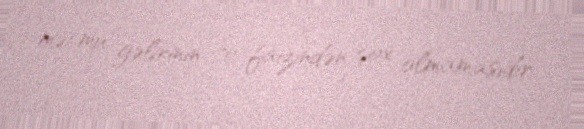
məcmu gəlirinin 70 faizindən çox olmamasıdır.